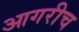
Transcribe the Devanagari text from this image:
आगरीच